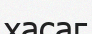
хасаг